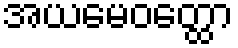
အယမေဝတ္ထော